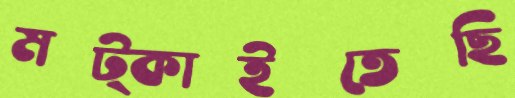
মট্‌কাইতেছি